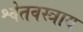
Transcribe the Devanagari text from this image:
श्वेतवस्त्राय